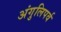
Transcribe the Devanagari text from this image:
अंगुलिपर्व